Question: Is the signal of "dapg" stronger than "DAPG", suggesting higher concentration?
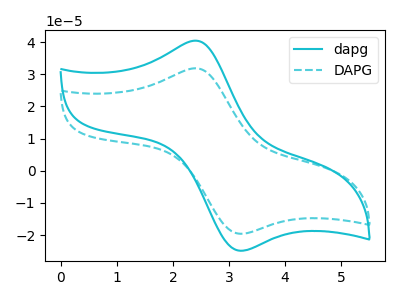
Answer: <think>The cyan curve "dapg" has an anodic peak at (2.40V, 40.45uA) and a cathodic peak at (3.20V, -24.90uA). The cyan dashed curve "DAPG" has an anodic peak at (2.40V, 31.90uA) and a cathodic peak at (3.20V, -19.60uA).
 All the peaks in "dapg" have a peak in "DAPG" at the same potential. Every peak in "dapg" is higher than every peak in "DAPG".</think>
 <answer>"dapg" has more signal than "DAPG" and so likely has a higher concentration.</answer>
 <eval>more_concentration</eval>